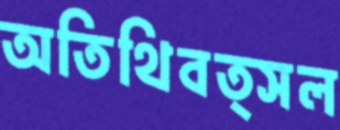
অতিথিবত্সল